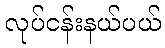
လုပ်ငန်းနယ်ပယ်